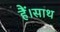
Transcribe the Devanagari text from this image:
हैं।साथ